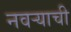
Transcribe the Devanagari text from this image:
नवऱ्याची